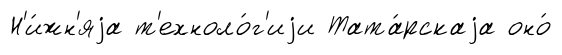
Н'и́жн'яjа т'ехноло́г'иjи Тата́рскаjа оно́